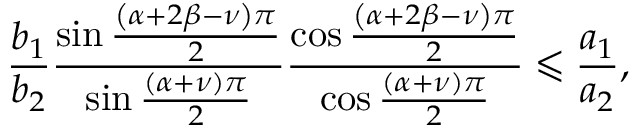
\frac { b _ { 1 } } { b _ { 2 } } \frac { \sin \frac { \left( \alpha + 2 \beta - \nu \right) \pi } { 2 } } { \sin \frac { \left( \alpha + \nu \right) \pi } { 2 } } \frac { \cos \frac { \left( \alpha + 2 \beta - \nu \right) \pi } { 2 } } { \cos \frac { \left( \alpha + \nu \right) \pi } { 2 } } \leqslant \frac { a _ { 1 } } { a _ { 2 } } ,